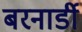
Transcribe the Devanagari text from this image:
बरनार्डी